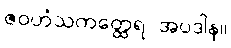
ဇဝဟံသကတ္ထေရ အပဒါန။